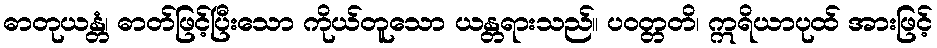
ဓာတုယန္တံ၊ ဓာတ်ဖြင့်ပြီးသော ကိုယ်တူသော ယန္တရားသည်။ ပဝတ္တတိ၊ ဣရိယာပုထ် အားဖြင့်